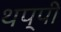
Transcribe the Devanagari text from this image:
थप्पी